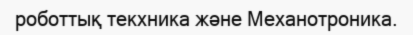
роботтық текхника және Механотроника.